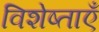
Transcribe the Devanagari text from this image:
विशेष्ताएँ